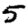
Digit: 5